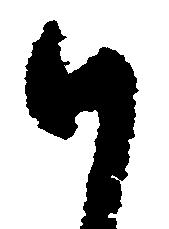
謹